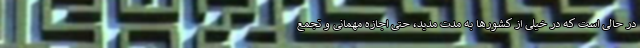
در حالی است که در خیلی از کشورها به مدت مدید، حتی اجازه مهمانی و تجمع